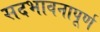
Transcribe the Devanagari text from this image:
सदभावनापूर्ण